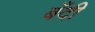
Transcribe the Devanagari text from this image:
बँदी